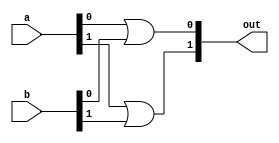
module or_2(out, a, b);
input [1:0] a, b;
output [1:0] out;

or f(out[0], a[0], b[0]),
    s(out[1], a[1], b[1]);
endmodule

module or_4(out, a, b);
input [3:0] a, b;
output [3:0] out;

or_2 f(out[1:0], a[1:0], b[1:0]),
          s(out[3:2], a[3:2], b[3:2]);
endmodule

module or_8(out, a, b);
input [7:0] a, b;
output [7:0] out;

or_4 f(out[3:0], a[3:0], b[3:0]),
          s(out[7:4], a[7:4], b[7:4]);
endmodule

module or_16(out, a, b);
input [15:0] a, b;
output [15:0] out;

or_8 f(out[7:0], a[7:0], b[7:0]),
          s(out[15:8], a[15:8], b[15:8]);
endmodule

module or_32(out, a, b);
input [31:0] a, b;
output [31:0] out;

or_16 f(out[15:0], a[15:0], b[15:0]),
          s(out[31:16], a[31:16], b[31:16]);
endmodule